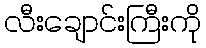
လီးချောင်းကြီးကို